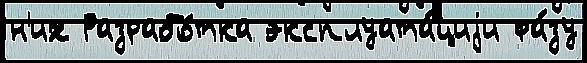
н'их Разрабо́тка эксплуата́циjи фа́зу